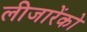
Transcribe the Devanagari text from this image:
लीजारेंको